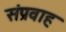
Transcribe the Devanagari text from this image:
संप्रवाह